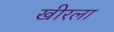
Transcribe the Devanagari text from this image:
खीरला